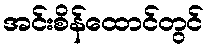
အင်းစိန်ထောင်တွင်